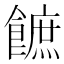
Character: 䭖